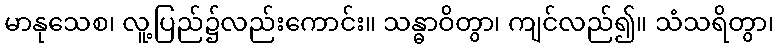
မာနုသေစ၊ လူ့ပြည်၌လည်းကောင်း။ သန္ဓာဝိတွာ၊ ကျင်လည်၍။ သံသရိတွာ၊